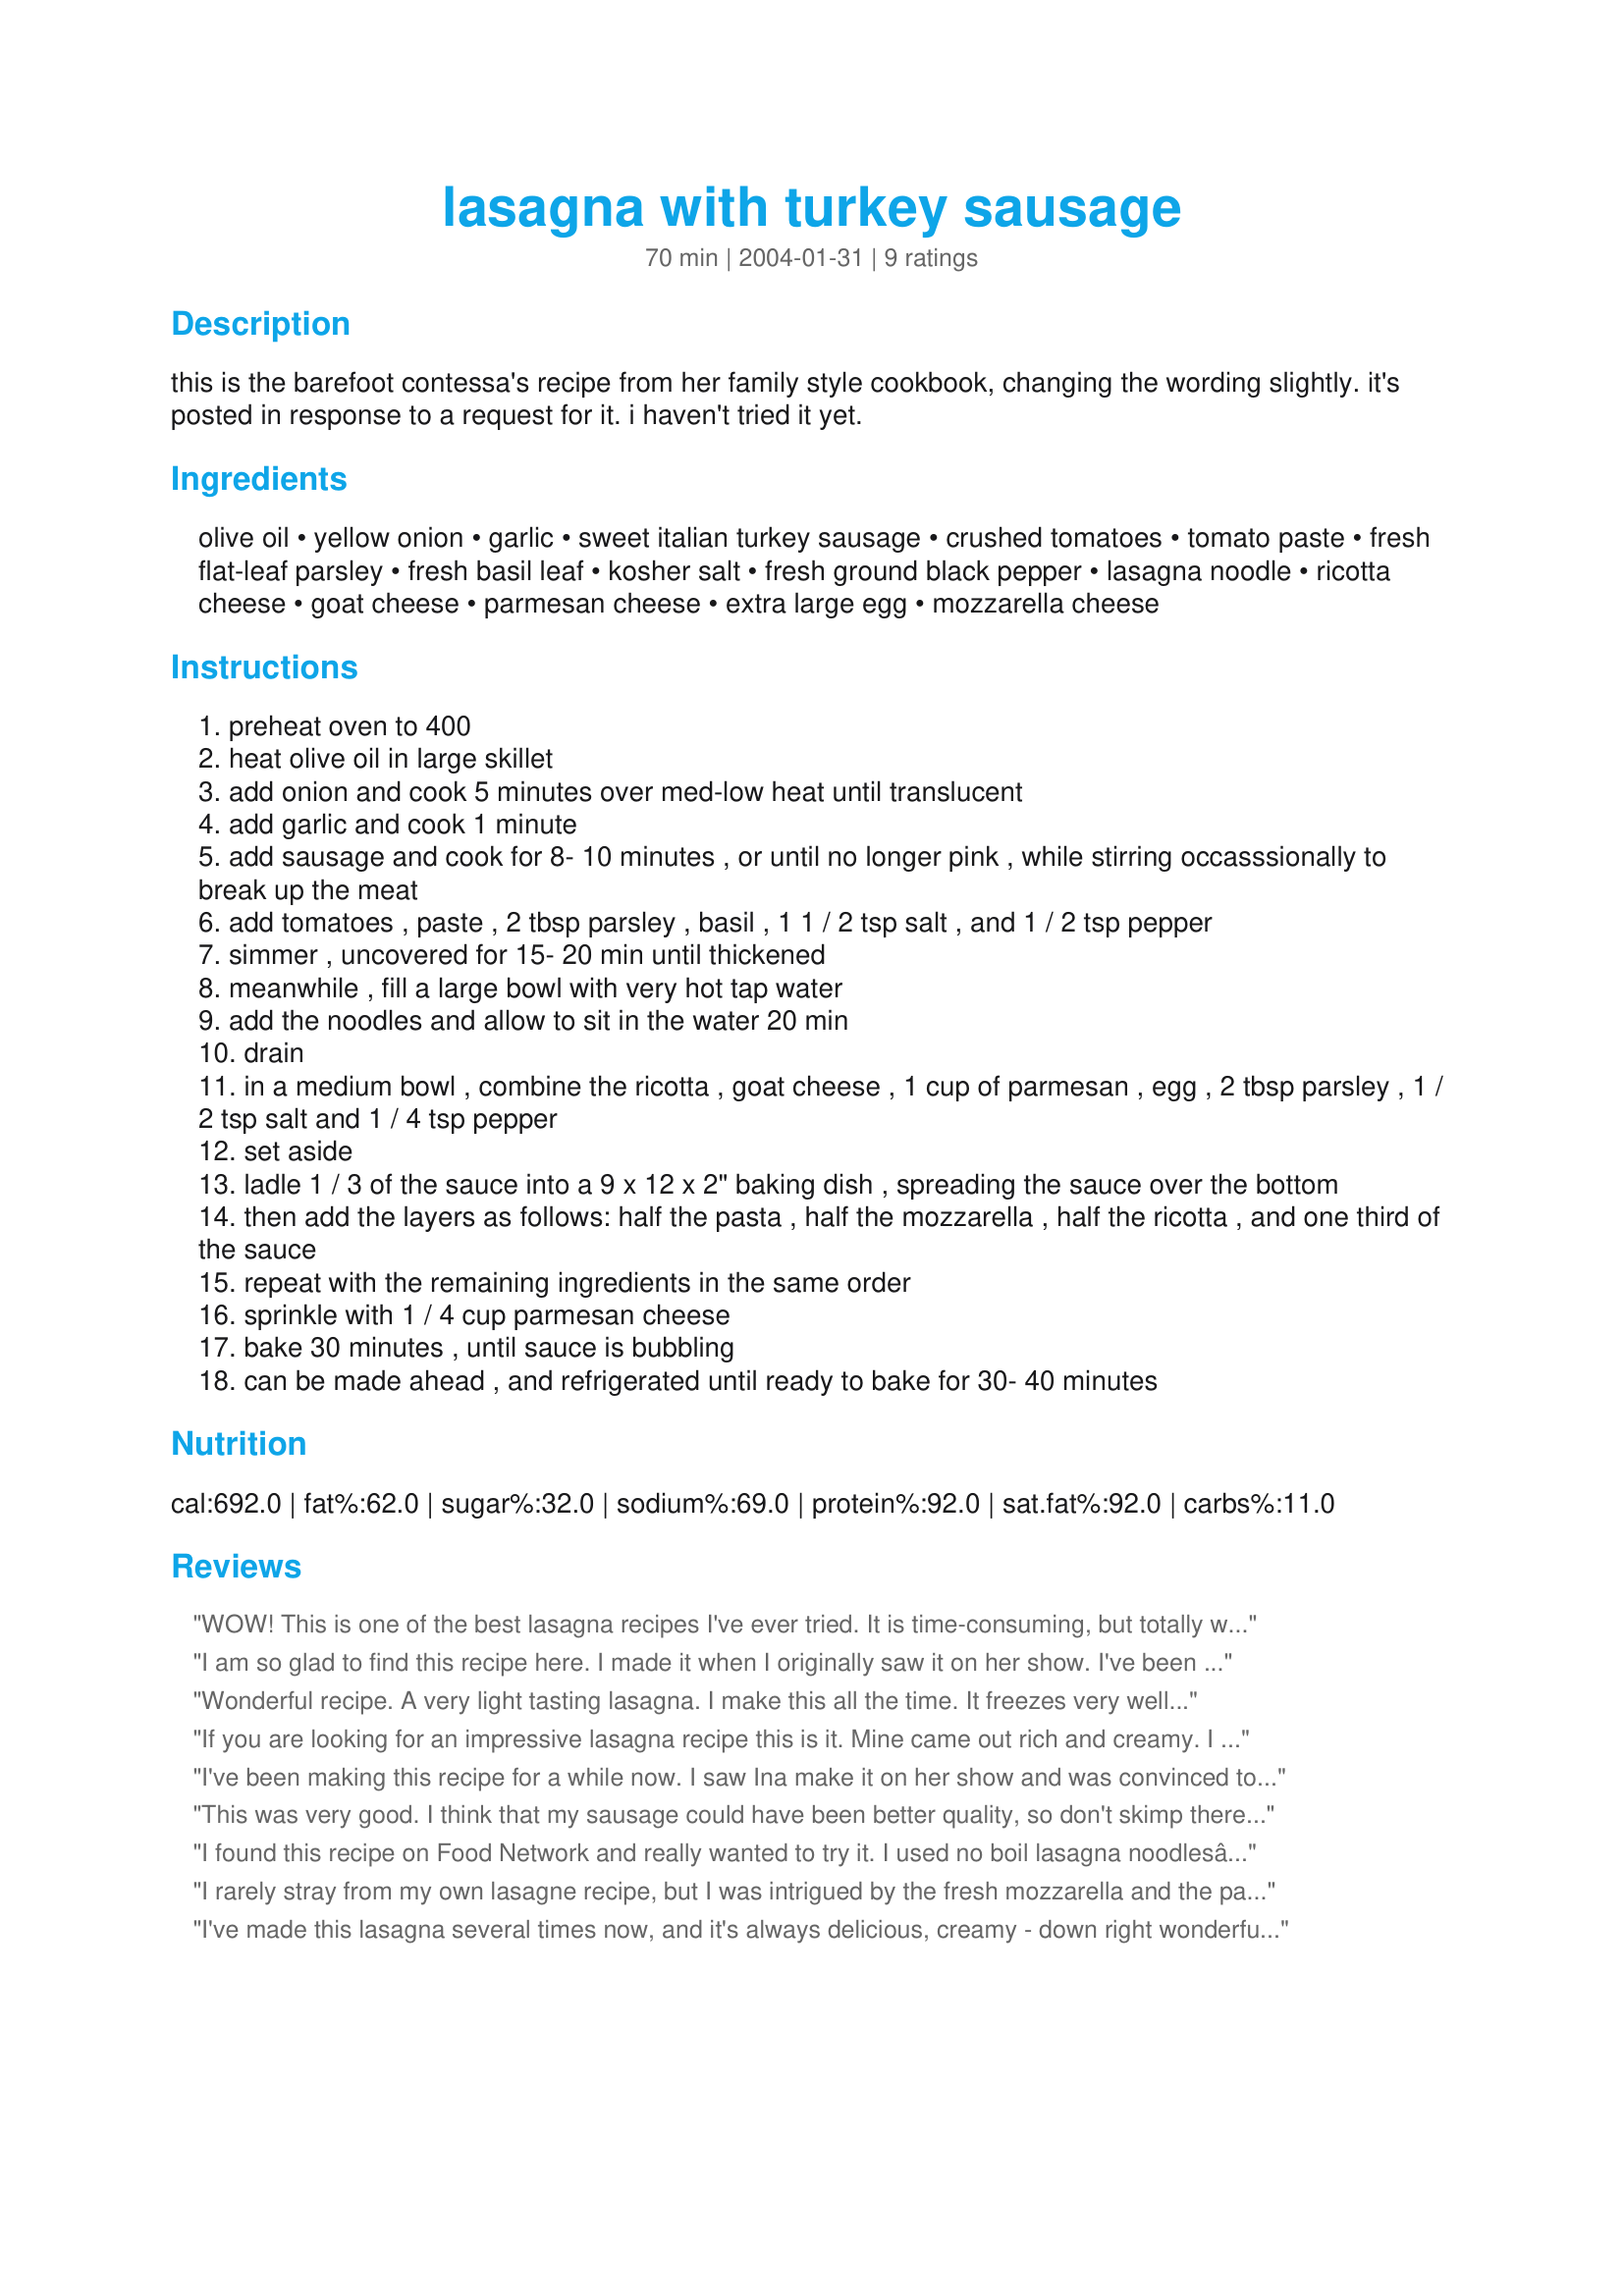
lasagna with turkey sausage
Preparation time: 70 minutes

this is the barefoot contessa's recipe from her family style cookbook, changing the wording slightly. it's posted in response to a request for it. i haven't tried it yet.

Ingredients:
olive oil, yellow onion, garlic, sweet italian turkey sausage, crushed tomatoes, tomato paste, fresh flat-leaf parsley, fresh basil leaf, kosher salt, fresh ground black pepper, lasagna noodle, ricotta cheese, goat cheese, parmesan cheese, extra large egg, mozzarella cheese

Steps:
preheat oven to 400
heat olive oil in large skillet
add onion and cook 5 minutes over med-low heat until translucent
add garlic and cook 1 minute
add sausage and cook for 8- 10 minutes , or until no longer pink , while stirring occasssionally to break up the meat
add tomatoes , paste , 2 tbsp parsley , basil , 1 1 / 2 tsp salt , and 1 / 2 tsp pepper
simmer , uncovered for 15- 20 min until thickened
meanwhile , fill a large bowl with very hot tap water
add the noodles and allow to sit in the water 20 min
drain
in a medium bowl , combine the ricotta , goat cheese , 1 cup of parmesan , egg , 2 tbsp parsley , 1 / 2 tsp salt and 1 / 4 tsp pepper
set aside
ladle 1 / 3 of the sauce into a 9 x 12 x 2" baking dish , spreading the sauce over the bottom
then add the layers as follows: half the pasta , half the mozzarella , half the ricotta , and one third of the sauce
repeat with the remaining ingredients in the same order
sprinkle with 1 / 4 cup parmesan cheese
bake 30 minutes , until sauce is bubbling
can be made ahead , and refrigerated until ready to bake for 30- 40 minutes

Reviews:
WOW! This is one of the best lasagna recipes I've ever tried. It is time-consuming, but totally worth it on a weekend. We used turkey kielbasa because that's what we had, but I think it would be even better with Italian sausage, as specified. We also threw in some chopped fresh tomatoes that needed to be used up, but it was runny as a result. I think we'll add more goat cheese next time. We love goat cheese and you can barely taste it as written - but it's still spectacular. Thank you for posting this!!!
I am so glad to find this recipe here. I made it when I originally saw it on her show. I've been looking for it because it was the best lasagne ever, delicious and easy. Letting the noodles soak, rather than precooking them, is such a great idea - perfect al dente, rather than mushy.
Wonderful recipe. A very light tasting lasagna. I make this all the time. It freezes very well also.
If you are looking for an impressive lasagna recipe this is it. Mine came out rich and creamy. I used hot italian turkey sausage because that's what I had on hand. I did use fresh mozzarella and suggest that it be used in this recipe. The lasagna was moist and very tasty. Since I have horrible tap water, I did boil the lasagna noodles. Other then that, I followed the recipe to a "T". Thanks for posting PanNan!
I've been making this recipe for a while now. I saw Ina make it on her show and was convinced to try it. This is absolutely the best lasagna I've ever had; it's my go-to now. It sounds a bit like a novelty item with the goat cheese and turkey sausage, but it still has a very traditional taste, and everything is so complimentary. If you're unsure about the goat cheese, don't worry. It doesn't dominate the flavor of the dish, but rather lends a very nice and delicious creaminess. You must try this recipe!
This was very good. I think that my sausage could have been better quality, so don't skimp there. The whole family loved it, and my children didn't notice the goat cheese. This recipe is one of those where top quality ingredients are really important.
I found this recipe on Food Network and really wanted to try it. I used no boil lasagna noodlesâ€¦ I will not use them again, did not like the texture. Other than that it was PERFECT!!!! My new go to lasagna recipe!
I rarely stray from my own lasagne recipe, but I was intrigued by the fresh mozzarella and the pasta soaked in the hot water. I loved the fresh mozzarella, but would fully cook the noodles the next time, as they were a bit starchy for my taste.
I've made this lasagna several times now, and it's always delicious, creamy - down right wonderful. YUM. It's a huge hit everytime I make it for family and friends.
